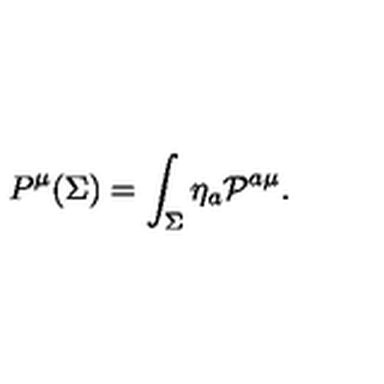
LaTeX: P ^ { \mu } ( \Sigma ) = \int _ { \Sigma } \eta _ { a } { \cal P } ^ { a \mu } .